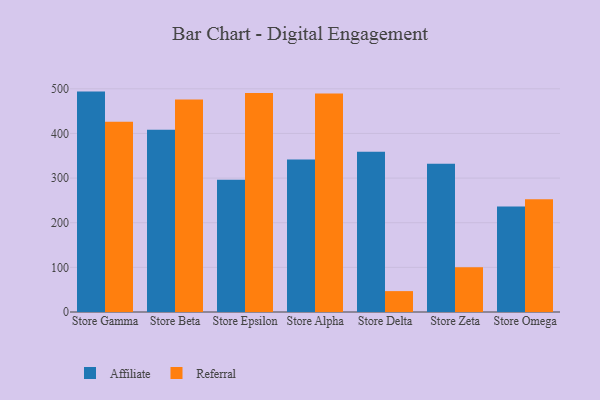
{"axis": {"x": "Store", "y": "Revenue (USD Million)"}, "legend": ["Affiliate", "Referral"], "data": [{"x": "Store Gamma", "y": 493.7, "type": "Affiliate"}, {"x": "Store Gamma", "y": 426.4, "type": "Referral"}, {"x": "Store Beta", "y": 408.4, "type": "Affiliate"}, {"x": "Store Beta", "y": 476.2, "type": "Referral"}, {"x": "Store Epsilon", "y": 296.4, "type": "Affiliate"}, {"x": "Store Epsilon", "y": 490.6, "type": "Referral"}, {"x": "Store Alpha", "y": 341.5, "type": "Affiliate"}, {"x": "Store Alpha", "y": 489.3, "type": "Referral"}, {"x": "Store Delta", "y": 358.9, "type": "Affiliate"}, {"x": "Store Delta", "y": 46.8, "type": "Referral"}, {"x": "Store Zeta", "y": 332.1, "type": "Affiliate"}, {"x": "Store Zeta", "y": 100.3, "type": "Referral"}, {"x": "Store Omega", "y": 236.3, "type": "Affiliate"}, {"x": "Store Omega", "y": 252.6, "type": "Referral"}]}